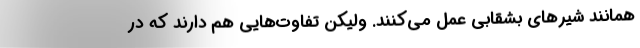
همانند شیرهای بشقابی عمل می‌کنند. ولیکن تفاوت‌هایی هم دارند که در